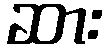
ဆား